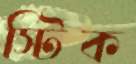
স্টিক